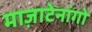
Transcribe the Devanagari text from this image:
माज़ाटेनांगो